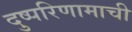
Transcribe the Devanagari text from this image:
दुष्परिणामाची